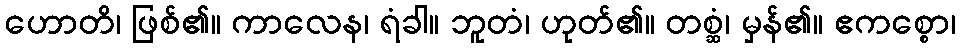
ဟောတိ၊ ဖြစ်၏။ ကာလေန၊ ရံခါ။ ဘူတံ၊ ဟုတ်၏။ တစ္ဆံ၊ မှန်၏။ ဧကစ္စော၊